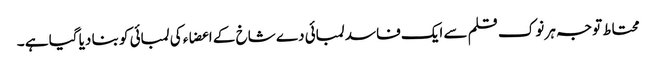
محتاط توجہ ہر نوک قلم سے ایک فاسد لمبائی دے شاخ کے اعضاء کی لمبائی کو بنا دیا گیا ہے ۔